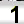
Digit: 1